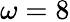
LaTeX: \omega=8